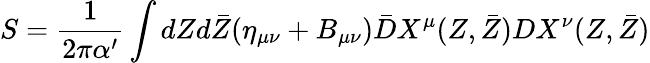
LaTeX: S=\frac{1}{2\pi\alpha^{\prime}}\int dZd\bar{Z}(\eta_{\mu\nu}+B_{\mu\nu})\bar{D}X^{\mu}(Z,\bar{Z})DX^{\nu}(Z,\bar{Z})